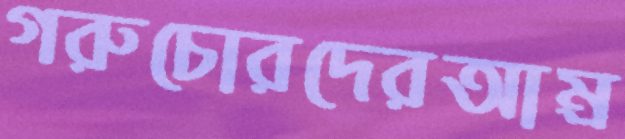
গরুচোরদেরআম্র